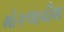
મોકલાવીશ